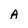
Character: A